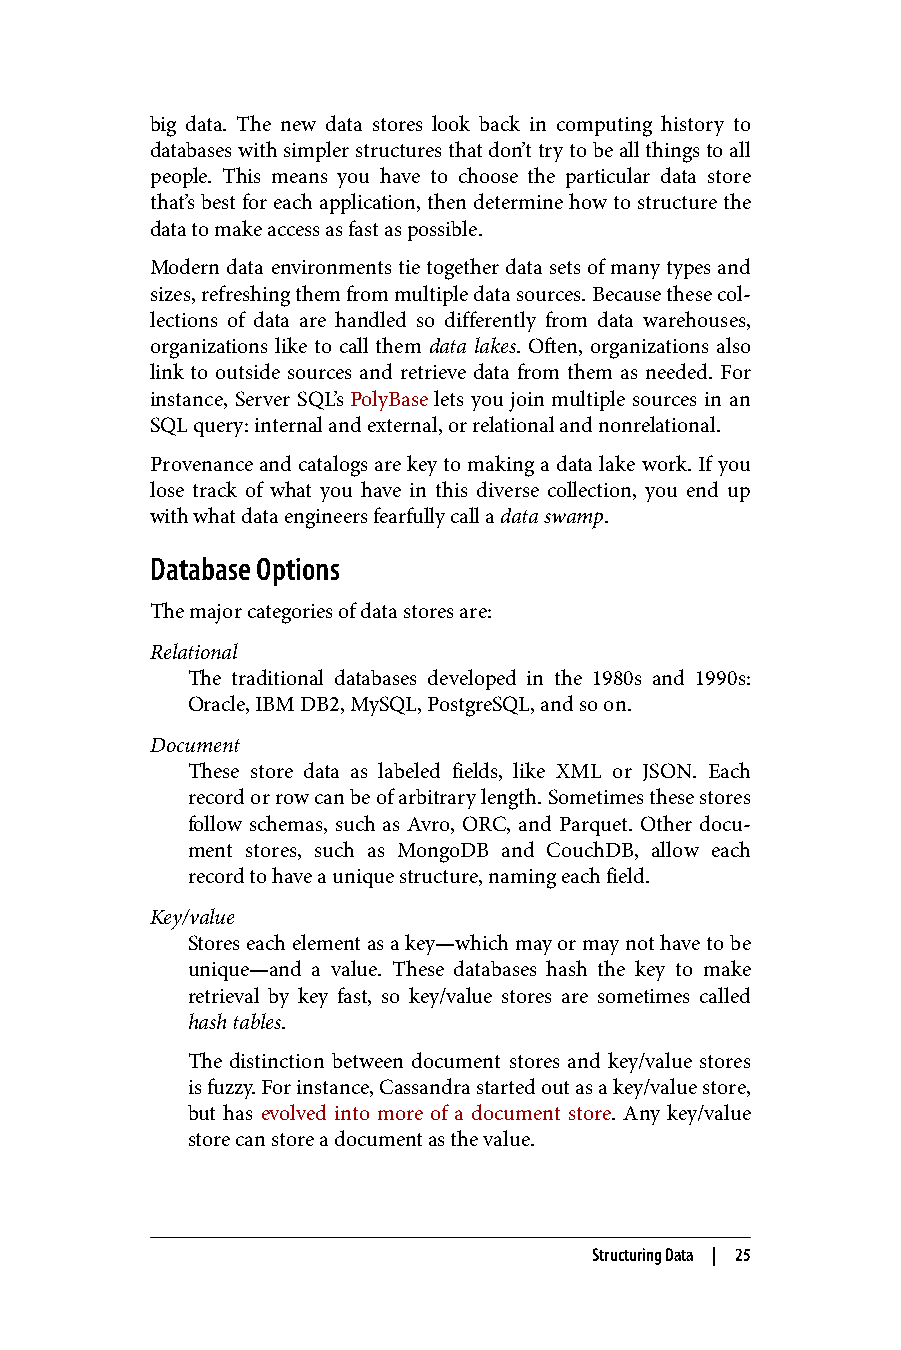
big data. The new data stores look back in computing history to
 databases with simpler structures that don’t try to be all things to all
 people. This means you have to choose the particular data store
 that’s best for each application, then determine how to structure the
 data to make access as fast as possible.
 Modern data environments tie together data sets of many types and
 sizes, refreshing them from multiple data sources. Because these col‐
 lections of data are handled so differently from data warehouses,
 organizations like to call them data lakes. Often, organizations also
 link to outside sources and retrieve data from them as needed. For
 instance, Server SQL’s PolyBase lets you join multiple sources in an
 SQL query: internal and external, or relational and nonrelational.
 Provenance and catalogs are key to making a data lake work. If you
 lose track of what you have in this diverse collection, you end up
 with what data engineers fearfully call a data swamp.
 Database Options
 The major categories of data stores are:
 Relational
 The traditional databases developed in the 1980s and 1990s:
 Oracle, IBM DB2, MySQL, PostgreSQL, and so on.
 Document
 These store data as labeled fields, like XML or JSON. Each
 record or row can be of arbitrary length. Sometimes these stores
 follow schemas, such as Avro, ORC, and Parquet. Other docu‐
 ment stores, such as MongoDB and CouchDB, allow each
 record to have a unique structure, naming each field.
 Key/value
 Stores each element as a key—which may or may not have to be
 unique—and a value. These databases hash the key to make
 retrieval by key fast, so key/value stores are sometimes called
 hash tables.
 The distinction between document stores and key/value stores
 is fuzzy. For instance, Cassandra started out as a key/value store,
 but has evolved into more of a document store. Any key/value
 store can store a document as the value.
 Structuring Data | 25